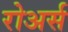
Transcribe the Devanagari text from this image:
रोअर्स